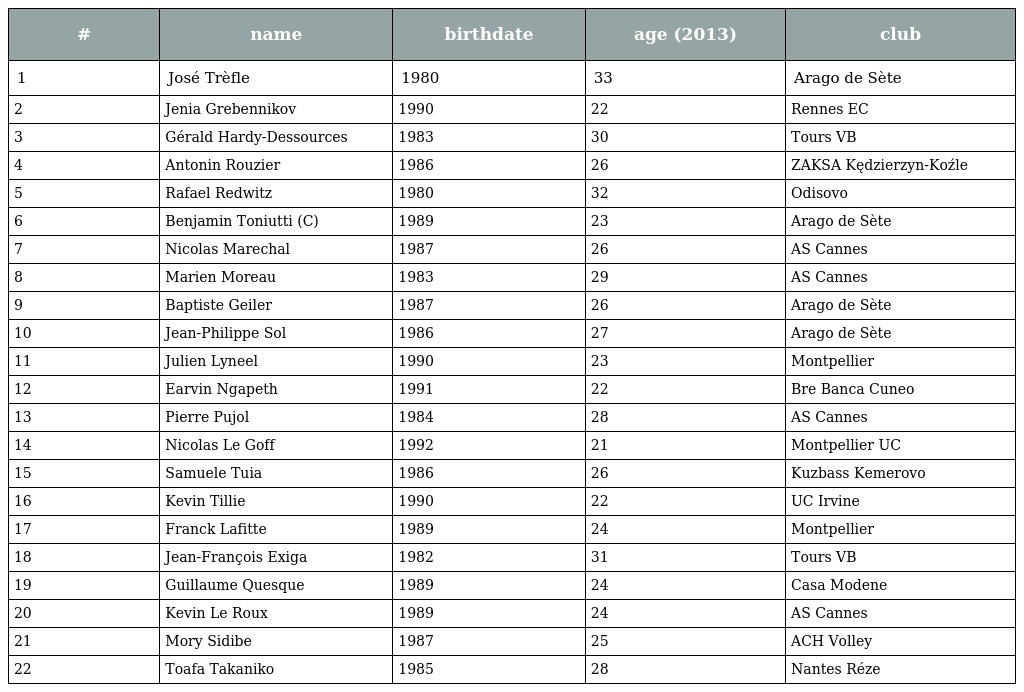
| # | name | birthdate | age (2013) | club |
 | --- | --- | --- | --- | --- |
 | 1 | José Trèfle | 1980 | 33 | Arago de Sète |
 | 2 | Jenia Grebennikov | 1990 | 22 | Rennes EC |
 | 3 | Gérald Hardy-Dessources | 1983 | 30 | Tours VB |
 | 4 | Antonin Rouzier | 1986 | 26 | ZAKSA Kędzierzyn-Koźle |
 | 5 | Rafael Redwitz | 1980 | 32 | Odisovo |
 | 6 | Benjamin Toniutti (C) | 1989 | 23 | Arago de Sète |
 | 7 | Nicolas Marechal | 1987 | 26 | AS Cannes |
 | 8 | Marien Moreau | 1983 | 29 | AS Cannes |
 | 9 | Baptiste Geiler | 1987 | 26 | Arago de Sète |
 | 10 | Jean-Philippe Sol | 1986 | 27 | Arago de Sète |
 | 11 | Julien Lyneel | 1990 | 23 | Montpellier |
 | 12 | Earvin Ngapeth | 1991 | 22 | Bre Banca Cuneo |
 | 13 | Pierre Pujol | 1984 | 28 | AS Cannes |
 | 14 | Nicolas Le Goff | 1992 | 21 | Montpellier UC |
 | 15 | Samuele Tuia | 1986 | 26 | Kuzbass Kemerovo |
 | 16 | Kevin Tillie | 1990 | 22 | UC Irvine |
 | 17 | Franck Lafitte | 1989 | 24 | Montpellier |
 | 18 | Jean-François Exiga | 1982 | 31 | Tours VB |
 | 19 | Guillaume Quesque | 1989 | 24 | Casa Modene |
 | 20 | Kevin Le Roux | 1989 | 24 | AS Cannes |
 | 21 | Mory Sidibe | 1987 | 25 | ACH Volley |
 | 22 | Toafa Takaniko | 1985 | 28 | Nantes Réze |